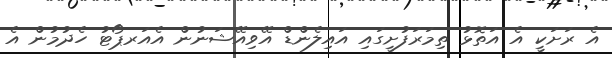
އެ ރަށަކީ އެ އަތޮޅު ތިމަރަފުށީގައި އައިލެންޑް އޭވިއޭޝަނުން އެއަރޕޯޓު ހެދުމުން އެ